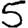
Digit: 5